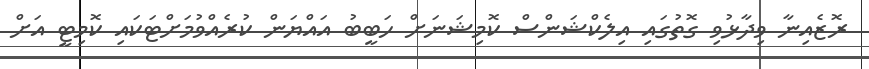
ރޮޒެއިނާ ވިދާޅުވި ގޮތުގައި އިލެކްޝަންސް ކޮމިޝަނަށް ހަބީބު އައްޔަން ކުރެއްވުމަށްޓަކައި ކޮމިޓީ އަށް